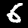
Digit: 6